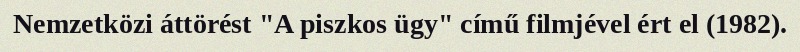
Nemzetközi áttörést "A piszkos ügy" című filmjével ért el (1982).